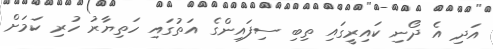
އަދި އެ ދޯނި ކައިރީގައި ތިބި ސިފައިންގެ އަތުގައި ހަތިޔާރު ހުރި ކަމަށް